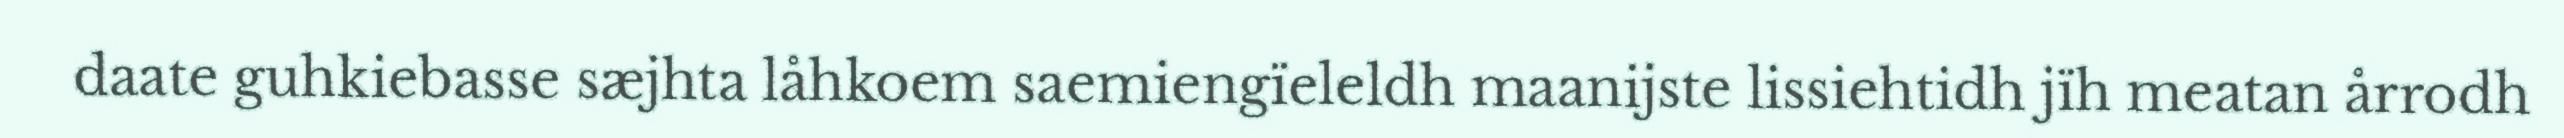
daate guhkiebasse sæjhta låhkoem saemiengïeleldh maanijste lissiehtidh jïh meatan årrodh